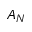
A _ { N }